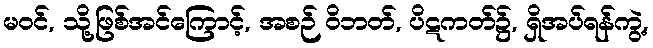
မဝင်, သို့ဖြစ်အင်ကြောင့်, အစဉ် ဝိဘတ်, ပိဋကတ်၌, ရှိအပ်ရန်ကွဲ့,